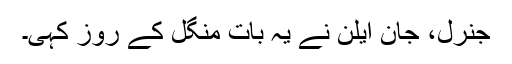
جنرل، جان ایلن نے یہ بات منگل کے روز کہی۔